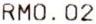
RM0.02